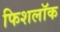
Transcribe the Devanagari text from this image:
फिशलॉक